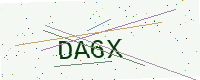
Text: DA6X